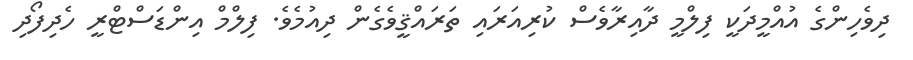
ދިވެހިންގެ އުއްމީދަކީ ފިލްމީ ދާއިރާވެސް ކުރިއަރައި ތަރައްޤީވެގެން ދިއުމެވެ. ފިލްމް އިންޑަސްޓްރީ ހެދިފޯދި